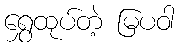
ရွှေထုပ်တဲ့ မြပဝါ